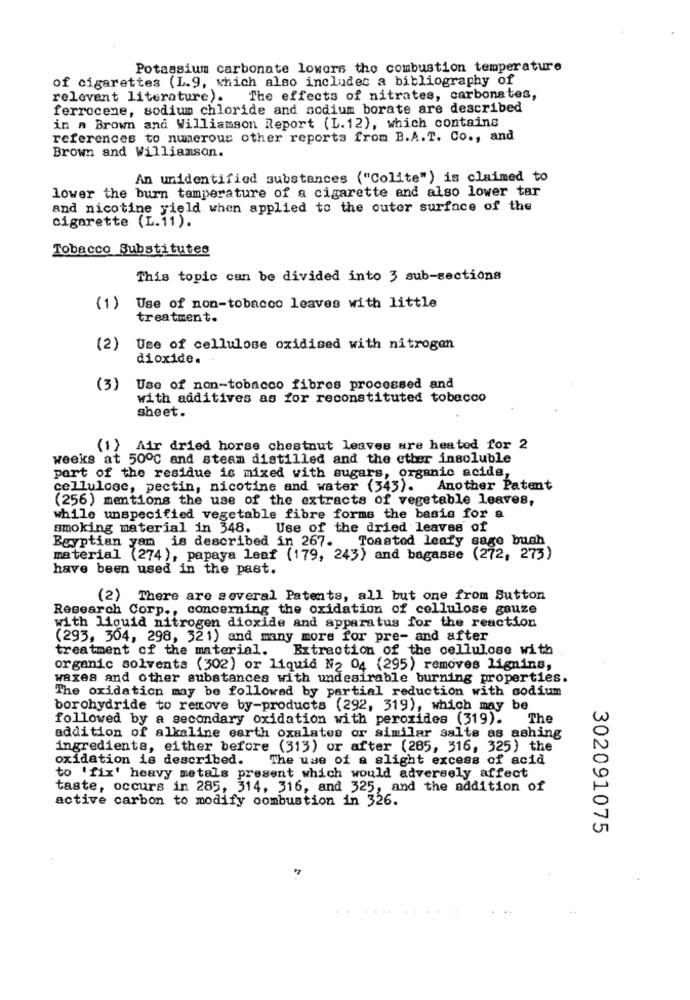
Potassium carbonate lowers the combustion temperature
of cigarettes (L.9, which also includes a bibliography of
relevent literature).
The effects of nitrates, carbonates,
ferrocene, sodium chloride and sodium borate are described
in A Brown and Williamson Report (L. 12), which contains
references to numerous other reports from B.A.T. Co ., and
Brown and Williamson.
An unidentified substances ("Colite") is claimed to
lower the burn temperature of a cigarette and also lower tar
and nicotine yield when applied to the outer surface of the
cigarette (L.11).
Tobacco Substitutes
This topic can be divided into 3 sub-sections
(1)
Use of non-tobacco leaves with little
treatment.
(2)
Use of cellulose oxidised with nitrogen
dioxide.
(3)
Use of non-tobacco fibres processed and
with additives as for reconstituted tobacco
sheet.
(1) Air dried horse chestnut leaves ure heated for 2
weeks at 500℃ and steam distilled and the other insoluble
part of the residue is mixed with sugars, organic acide,
cellulose, pectin, nicotine and water (345). Another Patent
(256) mentions the use of the extracts of vegetable leaves,
while unspecified vegetable fibre forms the basis for a
smoking material in 348. Use of the dried leaves of
Egyptian yam is described in 267. Toasted leafy sage buah
material (274), papaya leaf (179, 243) and bagasse (272, 273)
have been used in the past.
(2) There are several Patents, all but one from Sutton
Research Corp ., concerning the oxidation of cellulose gauze
with liquid nitrogen dioxide and apparatus for the reaction
(293, 304, 298, 321) and many more for pre- and after
treatment of the material. Extraction of the cellulose with
organic solvents (302) or liquid N2 04 (295) removes lignins,
waxes and other substances with undesirable burning properties.
The oxidation may be followed by partial reduction with sodium
borohydride to remove by-products (292, 319), which may be
followed by a secondary oxidation with peroxides (319).
The
addition of alkaline earth oxalates or similar salts as ashing
ingredients, either before (313) or after (285, 316, 325) the
oxidation is described.
The use of a slight excess of acid
to 'fix' heavy metals present which would adversely affect
taste, occurs in 285, 314, 316, and 325, and the addition of
active carbon to modify combustion in 326.
302091075